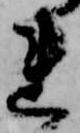
れ